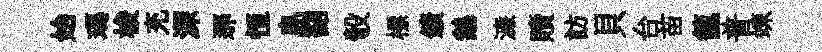
始瑪梭充深那恒島韶彀標鑛鵝濓贖訪貝台苗籠普竦